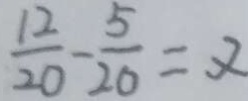
\frac { 1 2 } { 2 0 } - \frac { 5 } { 2 0 } = x